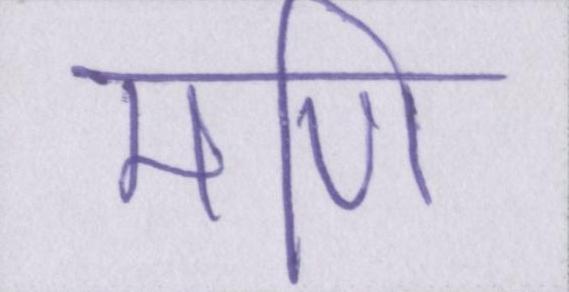
मणि